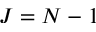
J = N - 1